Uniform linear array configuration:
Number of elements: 8
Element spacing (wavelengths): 1
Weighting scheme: binomial
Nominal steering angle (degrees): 45
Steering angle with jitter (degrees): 46.95
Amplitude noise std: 0.05
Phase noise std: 0.05

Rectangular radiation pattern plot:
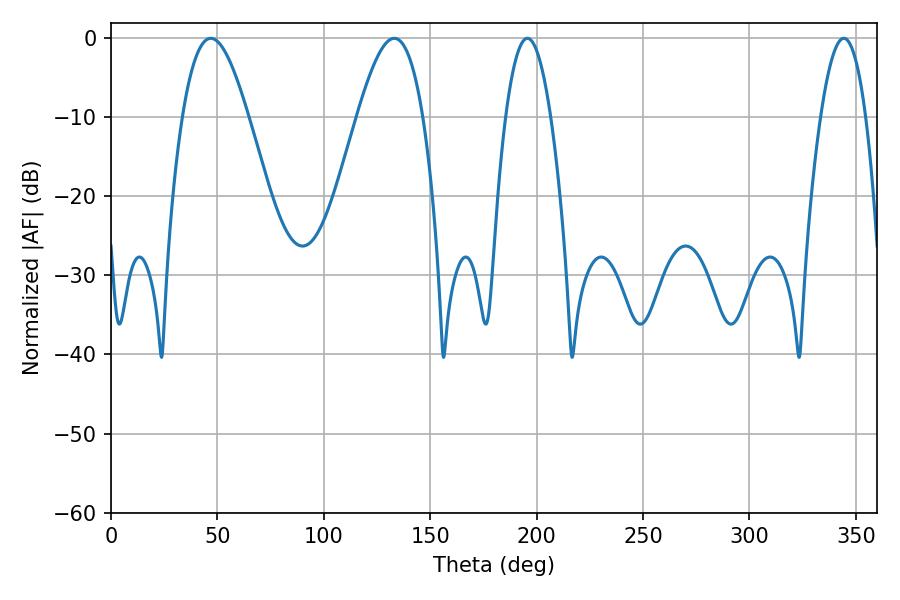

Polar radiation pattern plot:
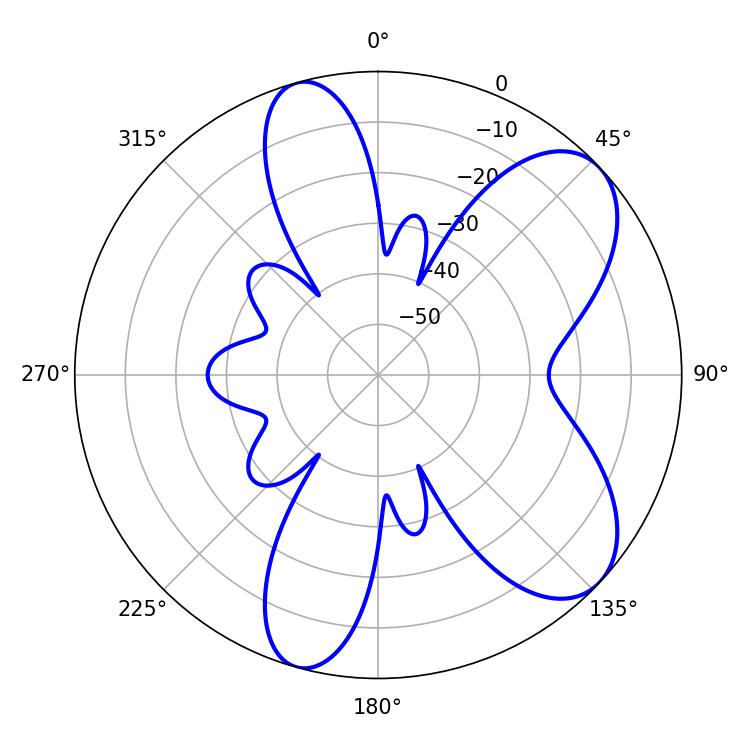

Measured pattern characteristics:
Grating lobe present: TRUE
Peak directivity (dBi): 7.549
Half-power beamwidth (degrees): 11.7
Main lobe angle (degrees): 195.66